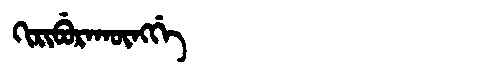
Manchu: ᡴᡳᡵᡳᠪᡠᡵᠠᡴᡡᠩᡤᡝ
Romanization: KIRIBURAKŪNGGE